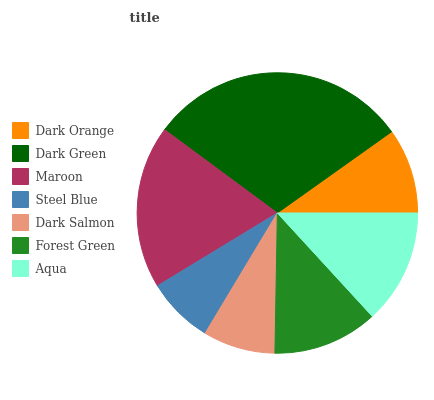
| Dark Orange | Dark Green | Maroon | Steel Blue | Dark Salmon | Forest Green | Aqua |
 | --- | --- | --- | --- | --- | --- | --- |
 | 9.83% | 30.1% | 18.8% | 7.7% | 8.34% | 12.1% | 13.2% |